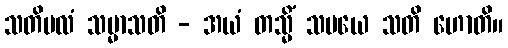
သတိဗလံ သမ္မာသတိ - အယံ တသ္မိံ သမယေ သတိ ဟောတိ။